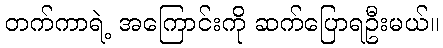
တက်ကာရဲ့ အကြောင်းကို ဆက်ပြောရဦးမယ်။